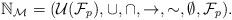
LaTeX: \begin{align*}\mathbb{N}_\mathcal{M} = (\mathcal{U}(\mathcal{F}_p), \cup, \cap, \to, {\sim}, \emptyset, \mathcal{F}_p).\end{align*}